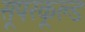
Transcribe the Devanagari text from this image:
सूपरकूल्ड